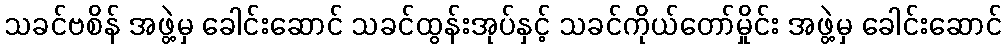
သခင်ဗစိန် အဖွဲ့မှ ခေါင်းဆောင် သခင်ထွန်းအုပ်နှင့် သခင်ကိုယ်တော်မှိုင်း အဖွဲ့မှ ခေါင်းဆောင်